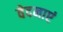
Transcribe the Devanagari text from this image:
वेदनाएं